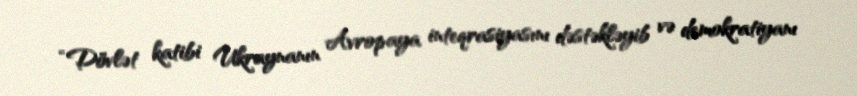
“Dövlət katibi Ukraynanın Avropaya inteqrasiyasını dəstəkləyib və demokratiyanı